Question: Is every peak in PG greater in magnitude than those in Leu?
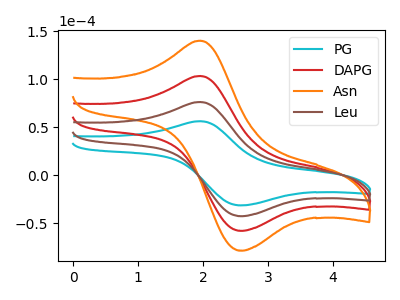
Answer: <think>The cyan curve "PG" has an anodic peak at (1.95V, 56.10uA) and a cathodic peak at (2.60V, -31.50uA). The red curve "DAPG" has an anodic peak at (1.95V, 152.15uA) and a cathodic peak at (2.60V, -85.40uA). The orange curve "Asn" has an anodic peak at (1.95V, 228.25uA) and a cathodic peak at (2.60V, -128.10uA). The brown curve "Leu" has an anodic peak at (1.95V, 76.10uA) and a cathodic peak at (2.60V, -42.70uA).</think>
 <answer>Every peak in "PG" is lower than every peak in "Leu".</answer>
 <eval>lower</eval>